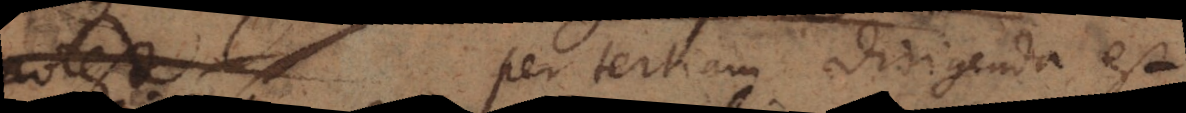
per tertiam dirigenda est